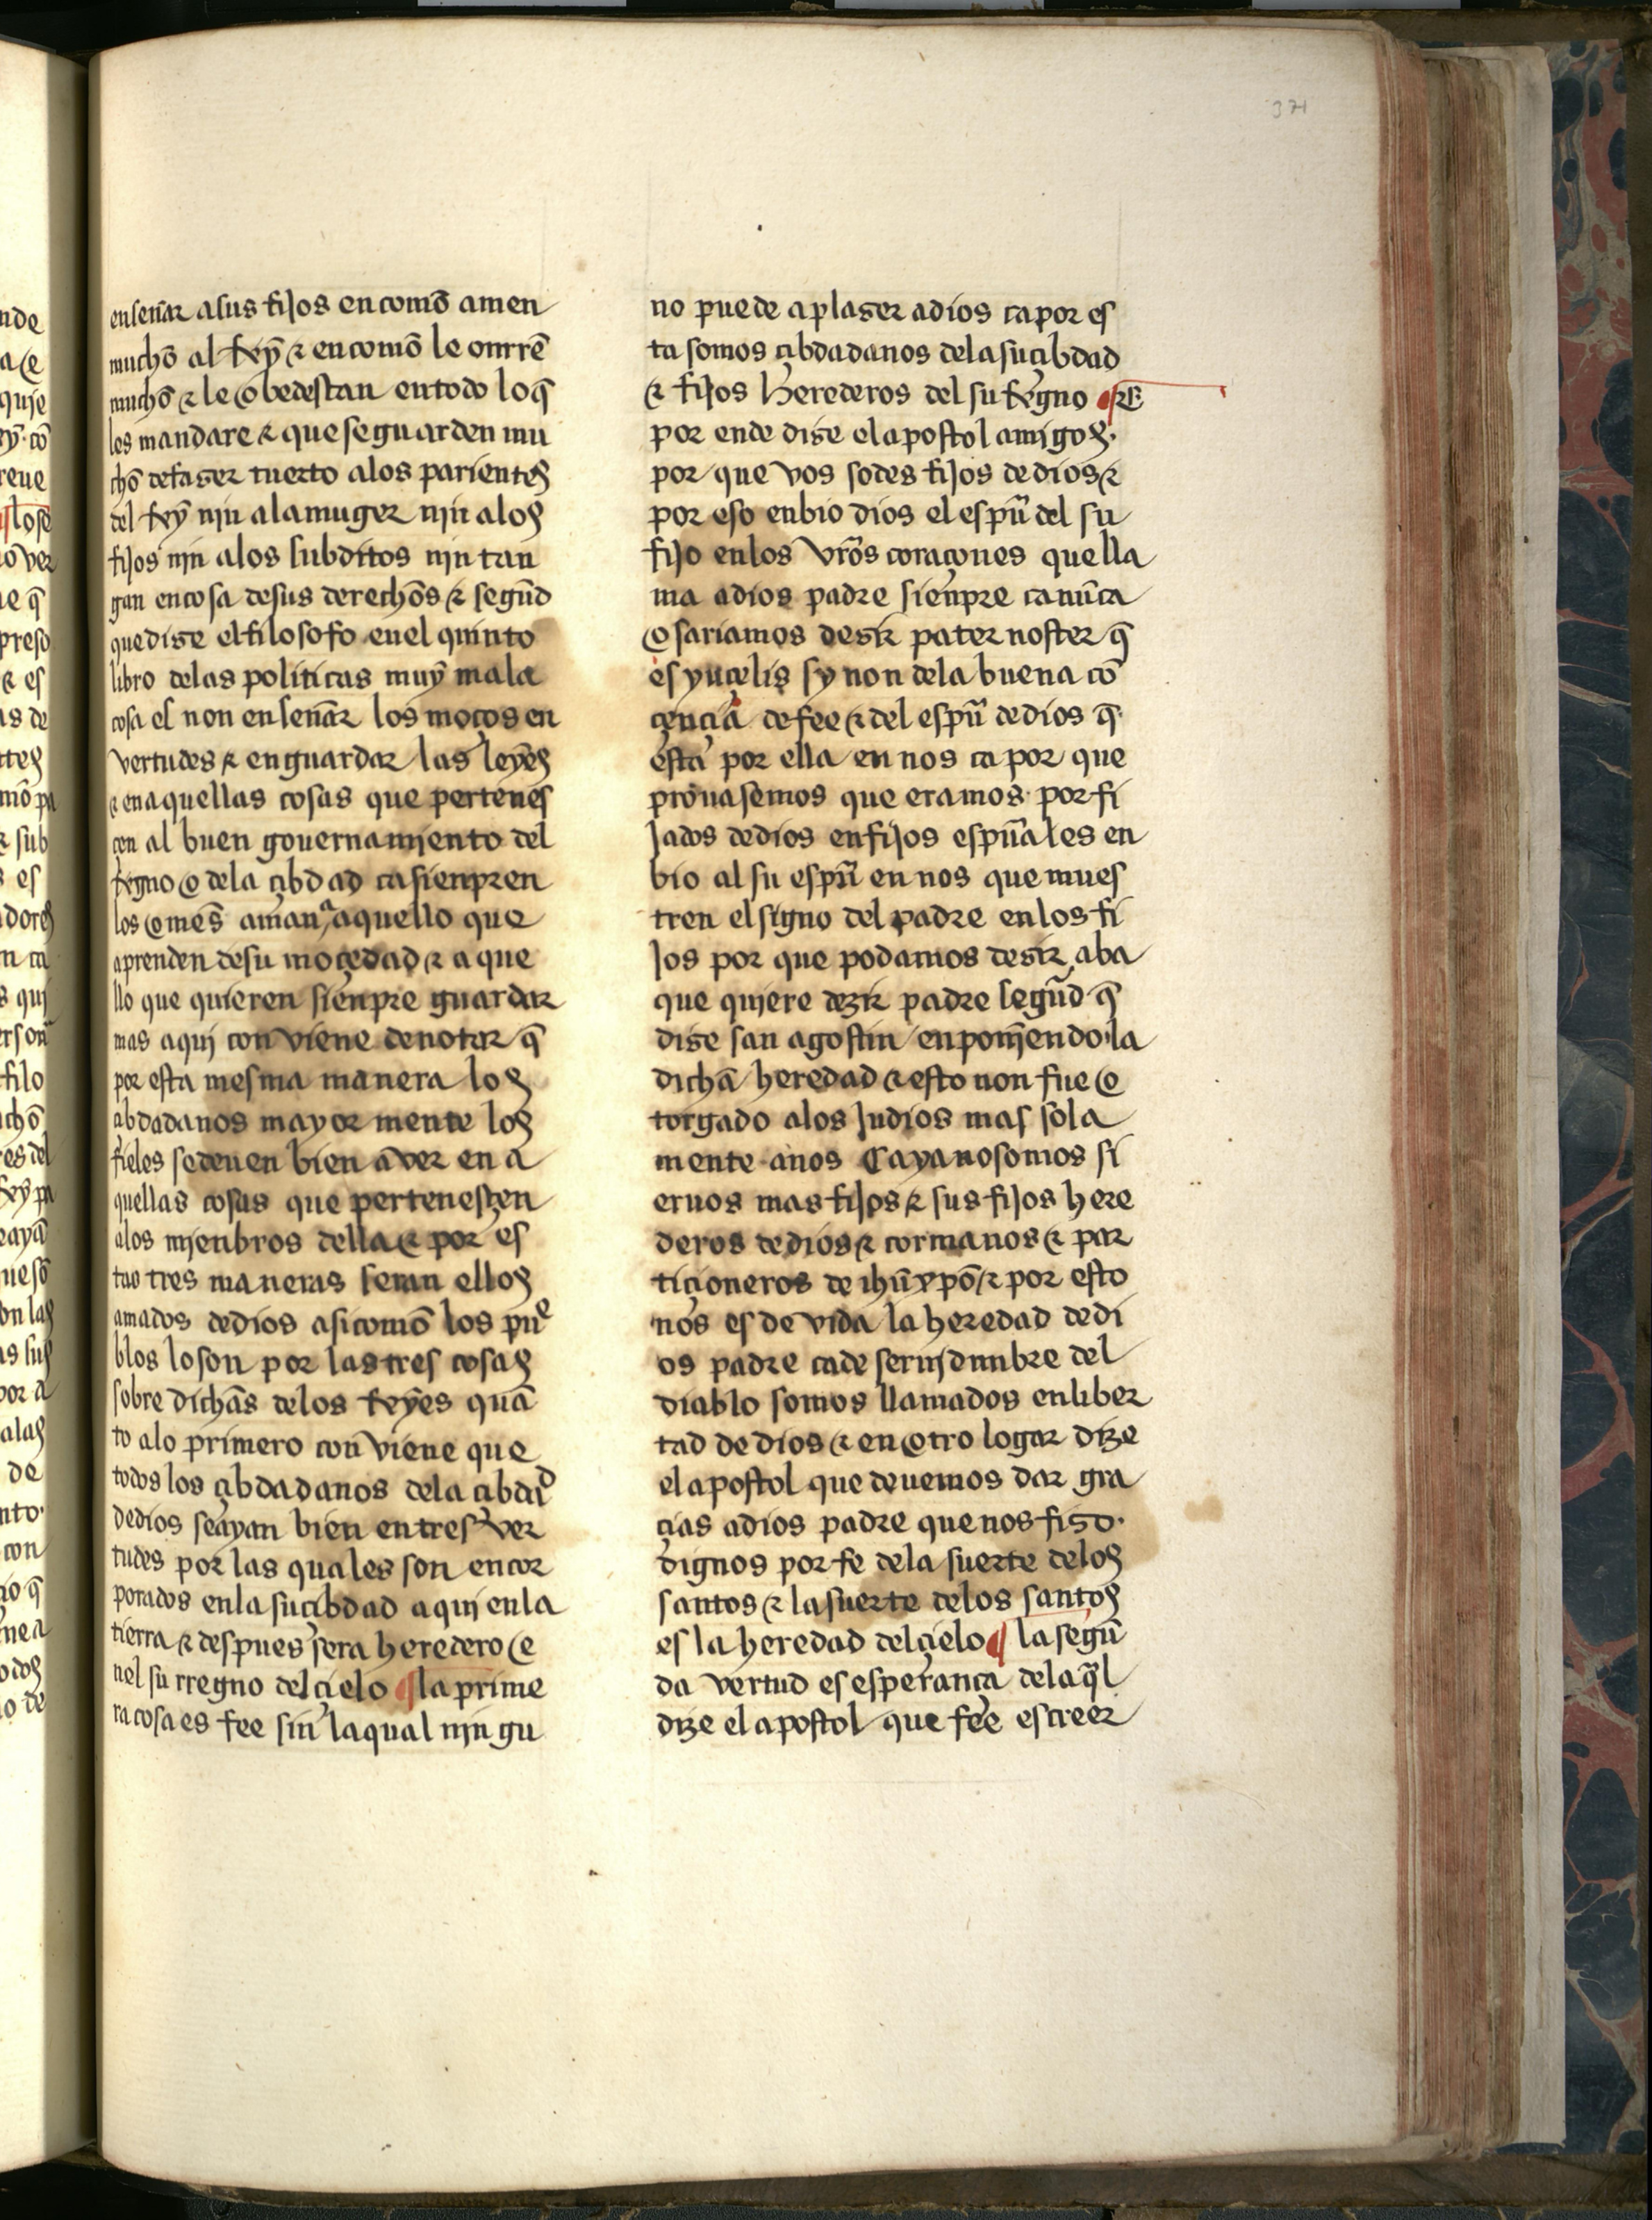
Shelfmark: Salamanca, Biblioteca Histórica USAL, 2709
Century: 15